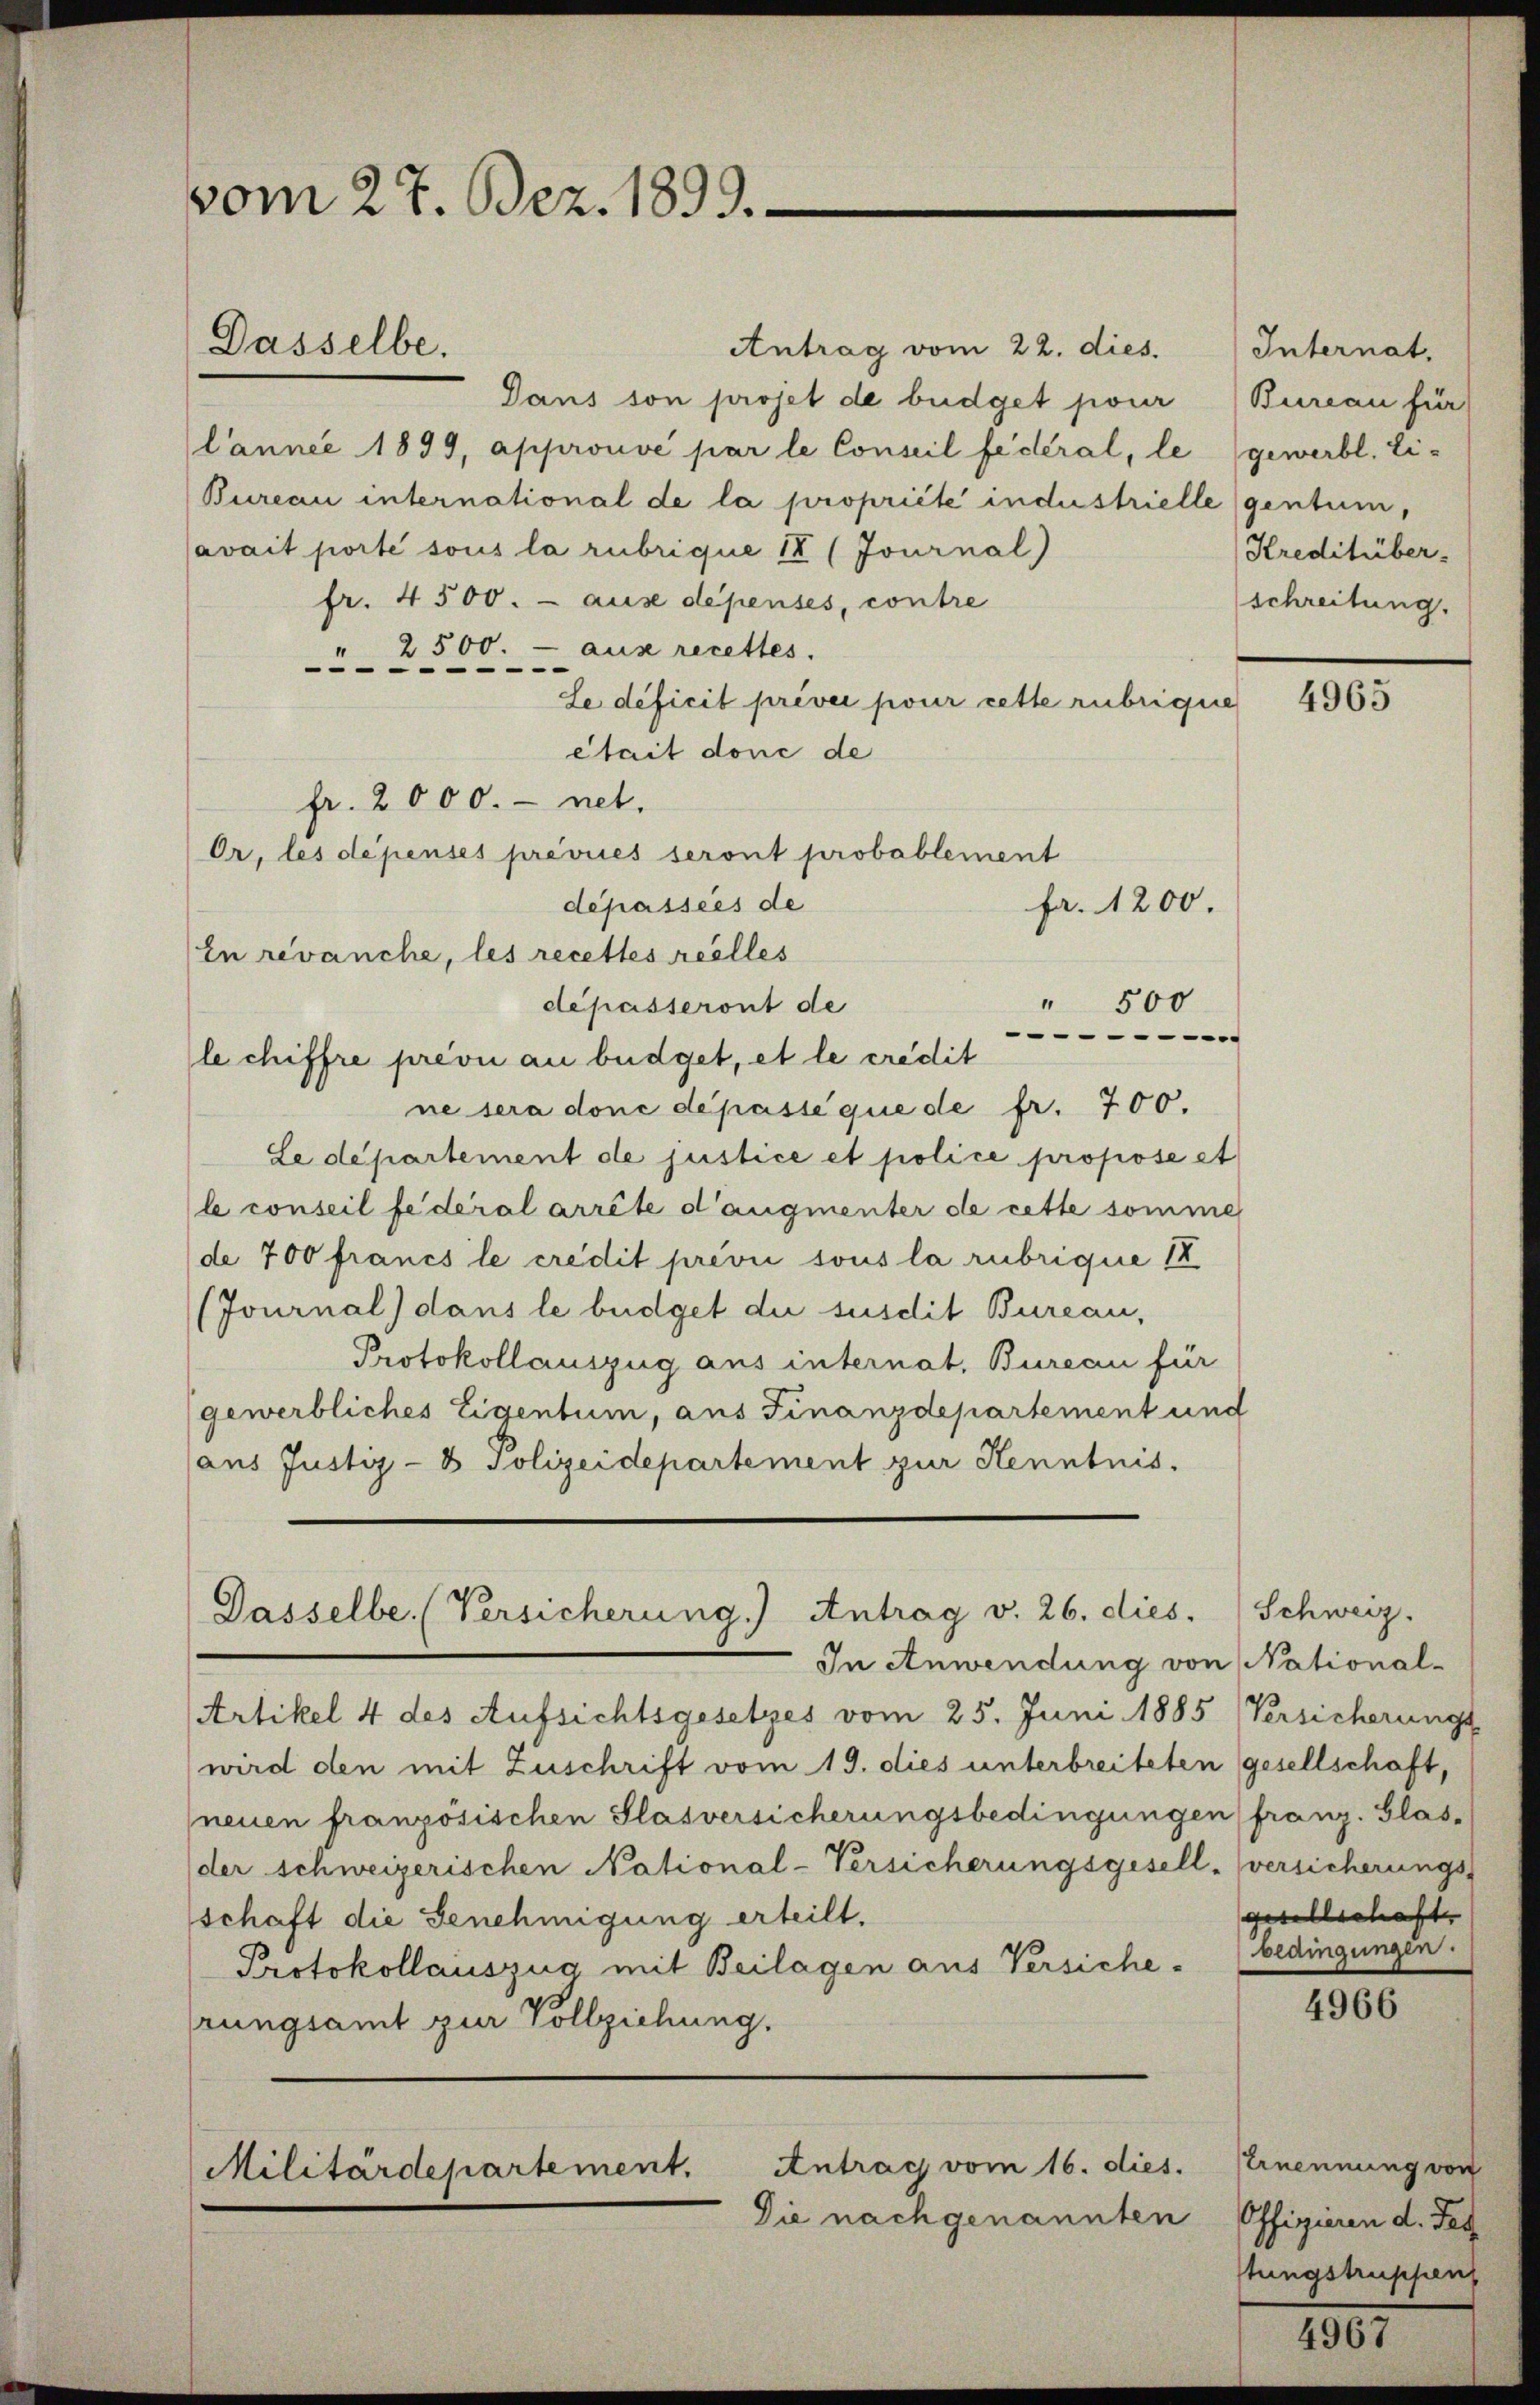
vom 27. Dez. 1899.
Dasselbe.

Antrag vom 22. dies. Internat.
Dans son projet de büdget pour (Bureau für
lannee 1899, approuvé par le Conseil fédéral, le gewerbl. Ei¬
Bureau international de la propriété industrielle gentum,
avait porte sous la rubrique IV (Journal)
fr. 4500. - ause dépenses, contre
2500. - aus recettes.
I

Se deficit préver pour cette rubrique
Stait donc de
fr. 2000.- net.
Or, les dépenses prévues seront probablement
dépassées de
fr. 1200.
In revanche, les recettes reelles
" 500
dépasseront de

le chiffre prévu au büdget, et le credit
ne sera doné de passé que de fr. 700.
Le departement de justice et police propose et
le conseil federal arrête d’augmenter de cette somme
(de 700 francs le credit prović sous la rubrique I
(Journal) dans le büdget die susdit Bureau,
Protokollauszug aus internat, Bureau für
gewerbliches Eigentum, aus Finanzdepartement und
aus Justiz- & Polizeidepartement zur Kenntnis.

Dasselbe. (Versicherung.) Antrag v. 26. dies. Schweiz.

Antrag vom 16. dies.
Militärdepartement.

Die nach genannten

Kreditüber-
schreitung.

In Anwendung von National-
Artikel 4 des Aufsichtsgesetzes vom 25. Juni 1885 Versicherungs
wird den mit Zuschrift vom 19. dies unterbreiteten gesellschaft,
neuen französischen Slasversicherungsbedingungen franz. Glas-
der schweizerischen National-Versicherungsgesell-versicherungs-
schaft die Genehmigung erteilt.
Protokollauszug mit Beilagen aus Versiche (bedingungen.
rungsamt zur Vollziehung.

4965

gesellschaft

4966

Ernennung von
Offizieren d. Tes
stungstruppen

1007